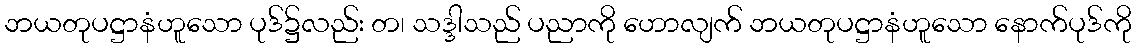
ဘယတုပဋ္ဌာနံဟူသော ပုဒ်၌လည်း တ၊ သဒ္ဒါသည် ပညာကို ဟောလျက် ဘယတုပဋ္ဌာနံဟူသော နောက်ပုဒ်ကို